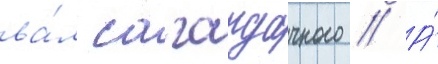
ва́л сагаидачного // А́